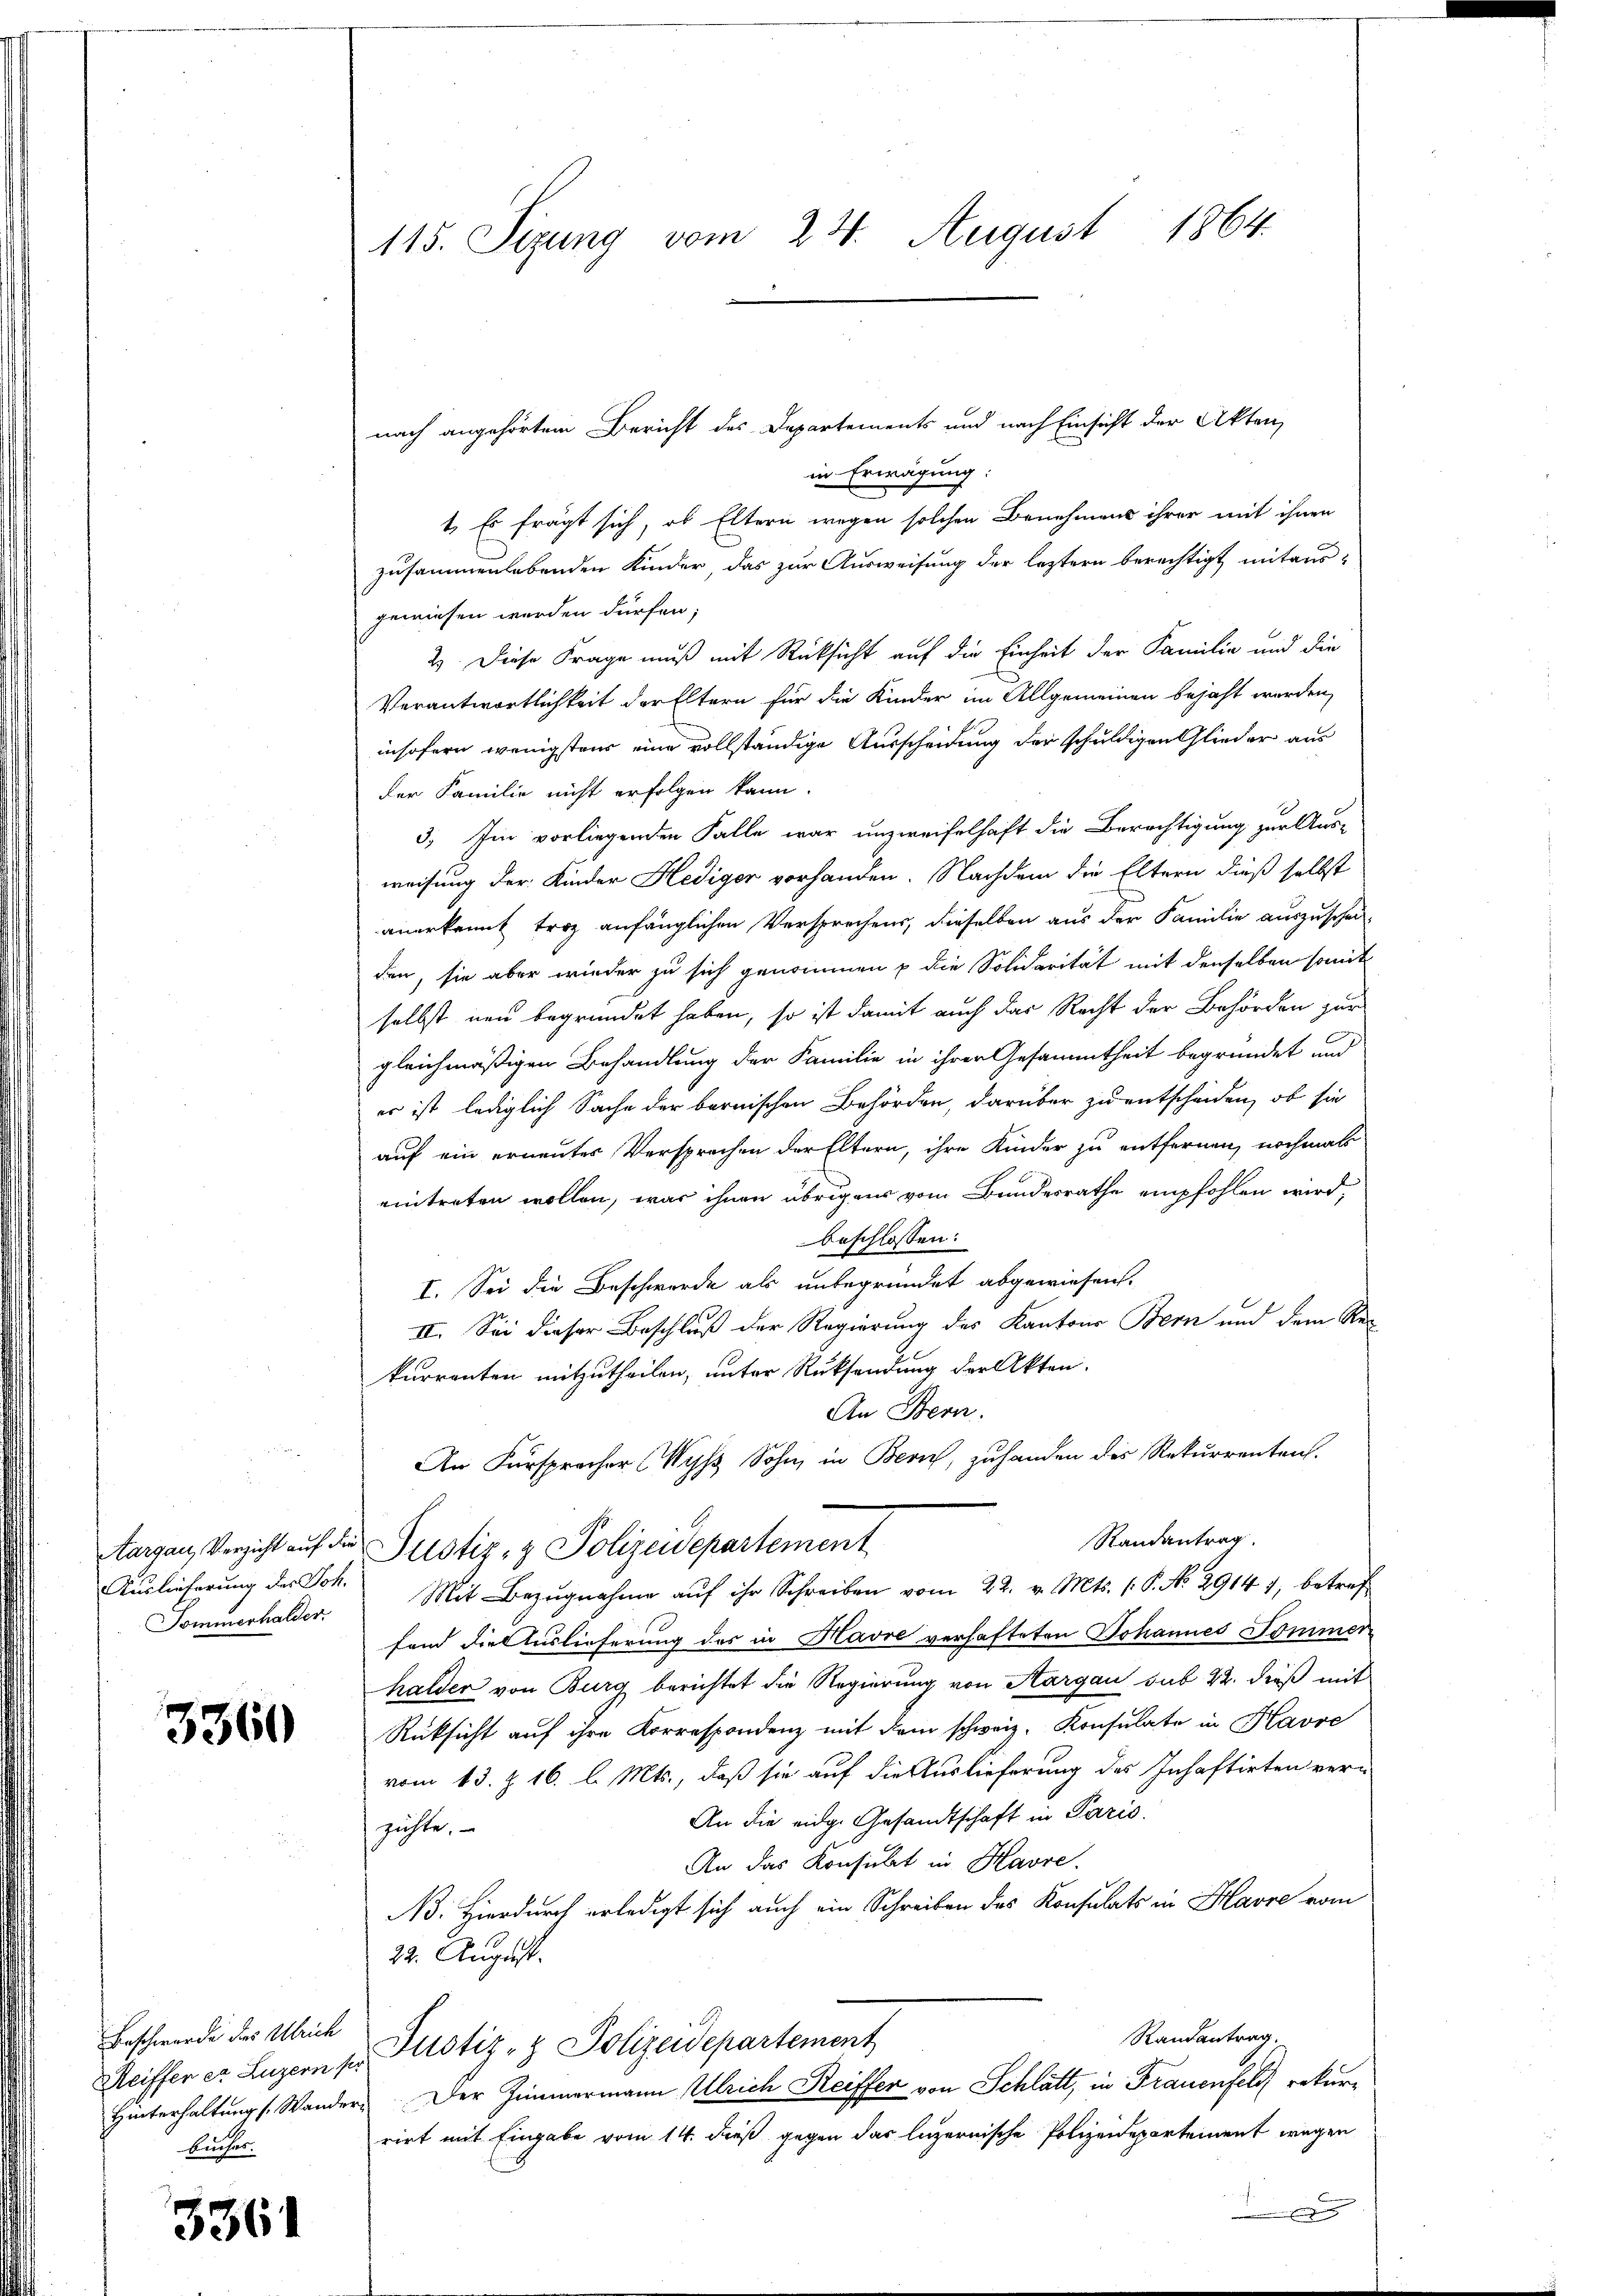
Aargau, Verzicht auf der
Auslieferung der Joh.
Sommerhalder.

3360

Beschwerde des Ulrich
Bucher.

3361

115. Sizung vom 24. August 1864.

nach angehörten Bericht des Departements und nach Einsicht der Akten,
in Erwägung:
1. Es frägt sich, ob Eltern wegen solchen Benehmens ihrer mit ihnen
zusammenlebenden Kinder, das zur Ausweisung der letztern berechtigt mit aus-
gewiesen werden dürfen;
2). Diese Frage muß mit Rücksicht auf die Einheit der Familie und die
Verantwortlichkeit der Eltern für die Kinder im Allgemeinen bejaht werden,
insofern wenigstens eine vollständige Ausscheidung der schuldigen Glieder aus
der Familie nicht erfolgen kann.
3. Im vorliegenden Falle war unzweifelhaft die Berechtigung zur Ausweisung der Kinder Hediger vorhanden. Nachdem die Eltern dieß selbst
anerkennt trot anfänglichen Versprechens, dieselben aus der Familie auszuschei-
den, sie aber wieder zu sich genommen p die Solidarität mit denselben somit
selbst neu begründet haben, so ist damit auch das Recht der Behörden zur
gleichmäßigen Behandlung der Familie in ihrer Gesammtheit begründet und
er ist lediglich Sache der bernischen Behörden, darüber zu entscheiden, ob sie
auf ein erneutes Versprochen der Eltern, ihre Kinder zu entfernen, nochmals
eintreten wollen, was ihnen übrigens vom Bundesrathe empfohlen wird,
beschlossen:
I. Sei die Beschwerde als unbegründet abgewiesen.
II. Sei dieser Beschluß der Regierung des Kantons Bern und dem Rekurrenten mitzutheilen, unter Rücksendung der Akten.
An Bern.
An Fürspracher Nipp Sohn in Bern, zuhanden des Rekurrenten.
Randantrag
Justiz- & Polizeidepartement
Mit Bezŭgnahme aŭf ihr Schreiben vom 22. v. Mts. (: P. No. 29141, betref
fand die Auslieferung des in Havre verhafteten Johannes Sommen
halder von Burg berichtet die Regierung von Aargau sub 22. dieß mit
Rücksicht auf ihre Korrespondenz mit dem schweiz. Konsulate in Havve
vom 13. Z. 16. l. Mts., daß sie auf die Auslieferung des Inhaftirten ver-
An die eidg. Gesandtschaft in Paris.
züchte.
An das Konsicht in Havre.
N. Hierdurch erledigt sich auch ein Schreiben des Konsulats in Havre vom
22. August.
Randantrag.
Meiffer er Luzern 1. Justiz- & Polizeidepartement
Hinterhaltung s. Wander. Der Zimmermann Ulrich Reiffer von Schlatt, in Frauenfeld rekurrirt mit Eingabe vom 14. dieß gegen das luzernische Polizeidepartement wegen